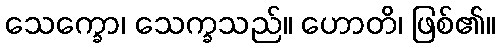
သေက္ခော၊ သေက္ခသည်။ ဟောတိ၊ ဖြစ်၏။